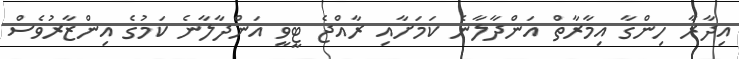
އިދާރާ ހިންގާ އިމާރާތް އަންދާލާނެ ކަމަށާއި ރާއްޖެ ޓީވީ އަންދާލާނެ ކަމުގެ އިންޒާރުވެސް